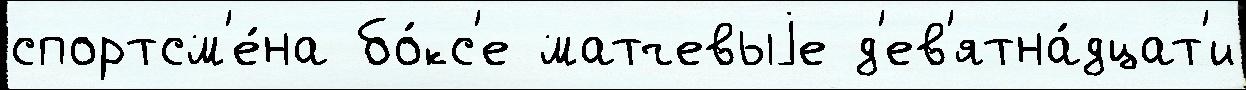
спортсм'е́на бо́кс'е матчевыjе д'ев'ятна́дцат'и